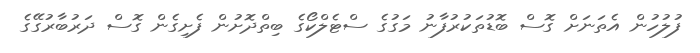
ފުލުހުން އެތަނަށް ގޮސް ބޮޑުތަކުރުފާނު މަގުގެ ސްޓެލްކޯގެ ބިތްދޮށުން ފެށިގެން ގޮސް ދަރުބާރުގޭގެ